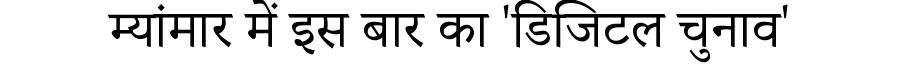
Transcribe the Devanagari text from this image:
म्यांमार में इस बार का 'डिजिटल चुनाव'